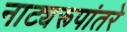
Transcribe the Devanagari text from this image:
नाट्यरूपांतरे